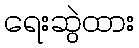
ရေးဆွဲထား